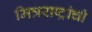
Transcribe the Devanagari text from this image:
मित्रराष्ट्रांची